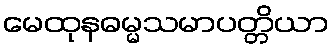
မေထုနဓမ္မသမာပတ္တိယာ